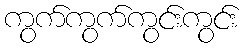
ကွက်ကွက်ကွင်းကွင်း